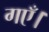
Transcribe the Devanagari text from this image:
गएँ।